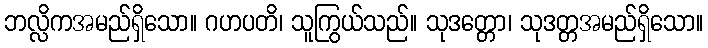
ဘလ္လိကအမည်ရှိသော။ ဂဟပတိ၊ သူကြွယ်သည်။ သုဒတ္တော၊ သုဒတ္တအမည်ရှိသော။